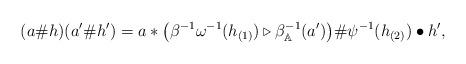
LaTeX: \begin{gather*} (a\# h)(a'\# h')=a*\big(\beta ^{-1}\omega ^{-1}(h_{(1)})\triangleright \beta _\mathbb{A}^{-1}(a')\big)\#\psi ^{-1}(h_{(2)})\bullet h',\end{gather*}